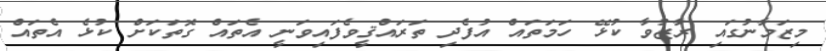
މިޒަމާނުގައި ރާޒުވާ ކުޅޭ ހަމަތައް އުފެދި ތަރައްޤީވެފައިވަނީ އެތައް ގޮތަކަށް ކުޅެ އެތައް